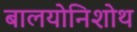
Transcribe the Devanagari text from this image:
बालयोनिशोथ